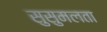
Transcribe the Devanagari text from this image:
सुसुमलता